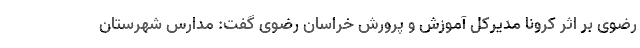
رضوی بر اثر کرونا مدیرکل آموزش و پرورش خراسان رضوی گفت: مدارس شهرستان